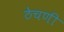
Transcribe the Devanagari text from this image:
ठेचणी